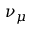
\nu _ { \mu }